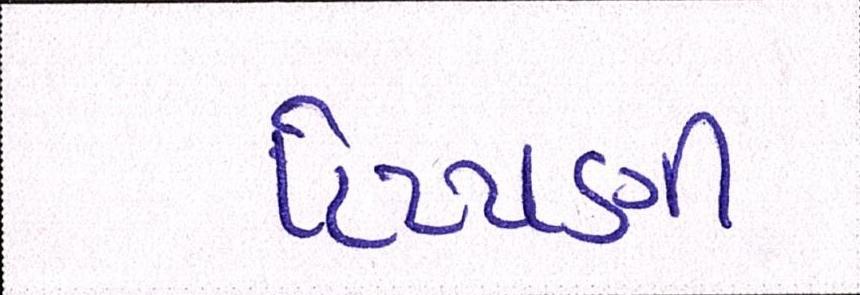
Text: ટિપ્પણી